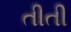
તીતી